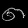
Digit: ၈